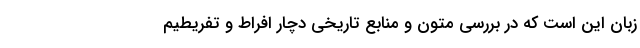
زبان این است که در بررسی متون و منابع تاریخی دچار افراط و تفریطیم